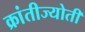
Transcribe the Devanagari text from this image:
क्रांतीज्योती